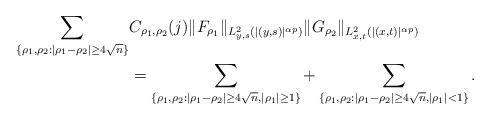
LaTeX: \begin{align*}\sum_{\{\rho_1,\rho_2:|\rho_1-\rho_2|\ge 4\sqrt{n}\}}&C_{\rho_1,\rho_2}(j)\|F_{\rho_1}\|_{L_{y,s}^2(|(y,s)|^{\alpha p})}\|G_{\rho_2}\|_{L_{x,t}^2(|(x,t)|^{\alpha p})}\\&=\sum_{\{\rho_1,\rho_2:|\rho_1-\rho_2|\ge 4\sqrt{n},|\rho_1|\ge 1 \}} + \sum_{\{\rho_1,\rho_2:|\rho_1-\rho_2|\ge 4\sqrt{n},|\rho_1|<1 \}}.\end{align*}